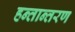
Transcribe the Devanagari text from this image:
हन्तान्तरण